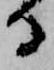
る